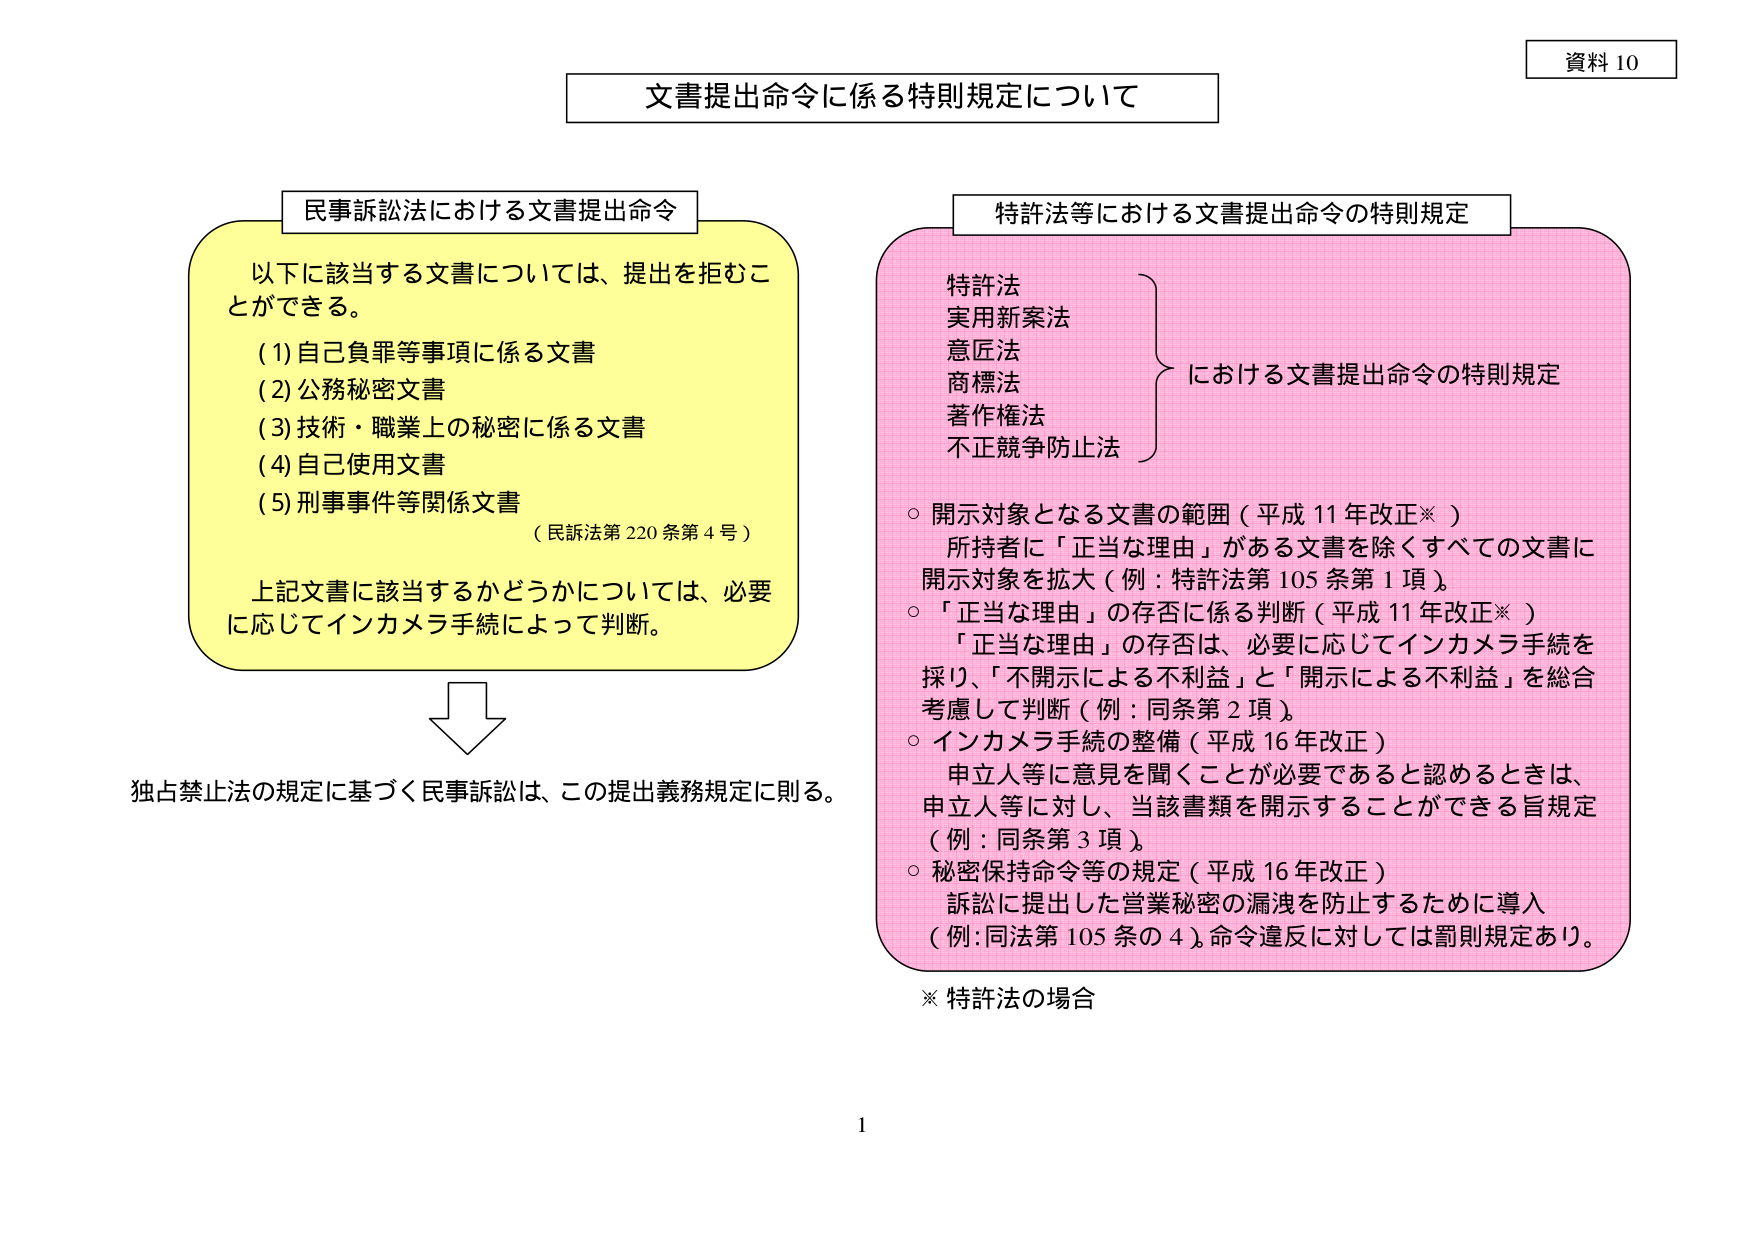
資料 10

文書提出命令に係る特則規定について

民事訴訟法における文書提出命令
以下に該当する文書については、提出を拒むことができる。
(1) 自己負罪等事項に係る文書
(2) 公務秘密文書
(3) 技術・職業上の秘密に係る文書
(4) 自己使用文書
(5) 刑事事件等関係文書
（民訴法第220条第4号）

上記文書に該当するかどうかについては、必要に応じてインカメラ手続によって判断。

↓

独占禁止法の規定に基づく民事訴訟は、この提出義務規定に則る。

特許法等における文書提出命令の特則規定

特許法
実用新案法
意匠法
商標法
著作権法
不正競争防止法
} における文書提出命令の特則規定

○ 開示対象となる文書の範囲（平成11年改正※）
　所持者に「正当な理由」がある文書を除くすべての文書に
　開示対象を拡大（例：特許法第105条第1項）。

○ 「正当な理由」の存否に係る判断（平成11年改正※）
　「正当な理由」の存否は、必要に応じてインカメラ手続を
　採り、「不開示による不利益」と「開示による不利益」を総合
　考慮して判断（例：同条第2項）。

○ インカメラ手続の整備（平成16年改正）
　申立人等に意見を聞くことが必要であると認めるときは、
　申立人等に対し、当該書類を開示することができる旨規定
　（例：同条第3項）。

○ 秘密保持命令等の規定（平成16年改正）
　訴訟に提出した営業秘密の漏洩を防止するために導入
　（例：同法第105条の4）。命令違反に対しては罰則規定あり。

※ 特許法の場合

1